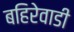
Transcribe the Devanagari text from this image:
बहिरेवाडी